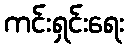
ကင်းရှင်းရေး